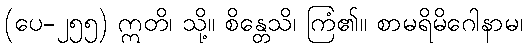
(ပေ-၂၅၅) ဣတိ၊ သို့။ စိန္တေသိ၊ ကြံ၏။ စာမရိမိဂေါနာမ၊